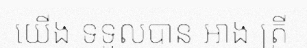
យើង ទទួលបាន អាង ត្រី